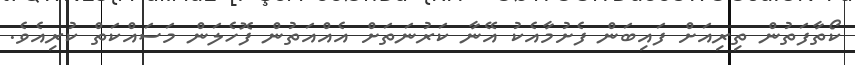
ކޯތާފަތުން ތިރިއަށް ފައިބަން ފެށުމާއެކު އޭނާ ކަރުނަތަށް އެއްއަތުން ފޮހެލަން މަސައްކަތް ކުރިއެވެ.